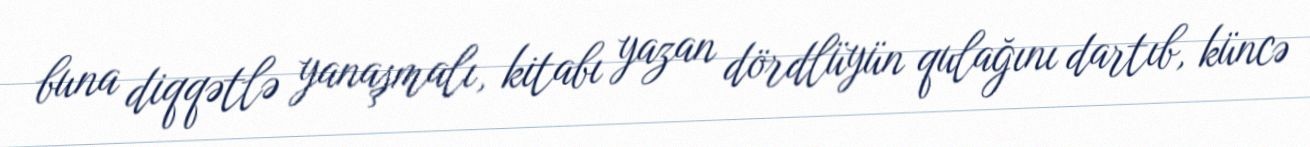
buna diqqətlə yanaşmalı, kitabı yazan dördlüyün qulağını dartıb, küncə